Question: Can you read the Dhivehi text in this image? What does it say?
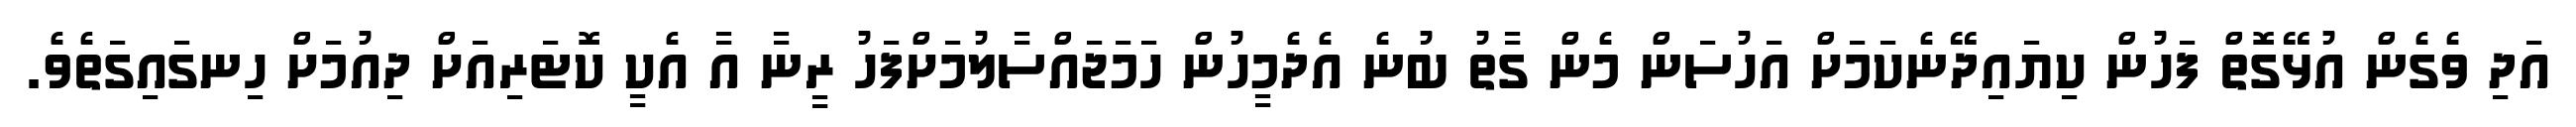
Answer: އަދި ވެގެން އުޅޭގޮތް ފަހުން ކިޔައިދޭނެކަމަށް އަހުސަން މެން ގާތު ބުނެ އެދެމީހުން ހަމަޖައްސާލުމަށްފަހު ރީނާ އާ އެކީ ކޮޓަރިއަށް ދިއުމަށް ހިނގައިގަތެވެ.